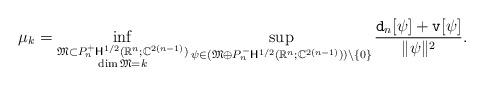
LaTeX: \begin{align*} \mu_k =\inf\limits_{\substack{\mathfrak{M}\subset P^{+}_n\mathsf{H}^{1/2}(\mathbb{R}^n;\mathbb{C}^{2(n-1)}) \\ \dim \mathfrak{M}=k }} \sup\limits_{\psi \in (\mathfrak{M}\oplus P^{-}_n\mathsf{H}^{1/2}(\mathbb{R}^n;\mathbb{C}^{2(n-1)}))\setminus\{0\}} \frac{\mathtt{d}_{n}[\psi]+\mathtt{v}[\psi]}{\|\psi\|^2}.\end{align*}